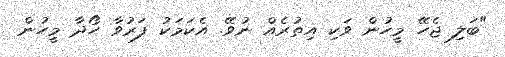
"ބަލި ޖެހޭ މީހުން ވަކި އިތުރެއް ނުވޭ. އެކަމަކު ފަރުވާ ހޯދާ މީހުން